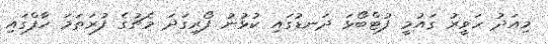
މިއަދު ހަވީރު ގައުމީ ފުޓްބޯޅަ ދަނޑުގައި ކުޅުނު ފޯރިގަދަ މެޗުގެ ފުރަތަމަ ހާފްގައި